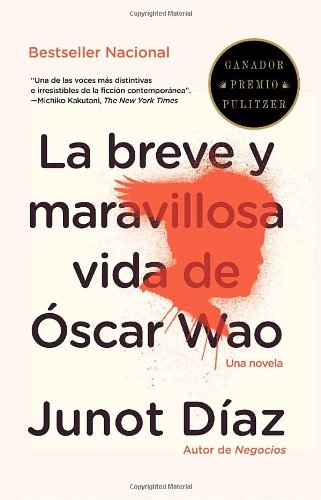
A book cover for La breve y maravillosa vida de Oscar Wao (Vintage Espanol) (Spanish Edition); Junot DÃ­az; Literature & Fiction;